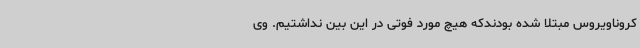
کروناویروس مبتلا شده بودندکه هیچ مورد فوتی در این بین نداشتیم. وی